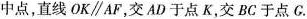
中点，直线OK\parallel AF，交AD于点K，交BC于点G。